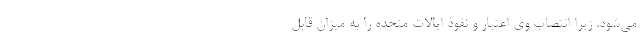
می‌شود، زیرا انتصاب وی اعتبار و نفوذ ایالات متحده را به میزان قابل